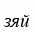
зяй